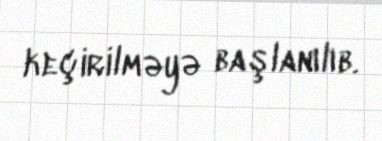
keçirilməyə başlanılıb.